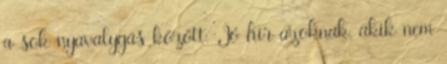
a sok nyavalygás között. Jó hír azoknak, akik nem